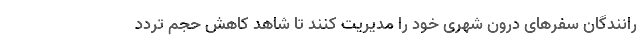
رانندگان سفرهای درون شهری خود را مدیریت کنند تا شاهد کاهش حجم تردد